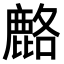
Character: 𫜍